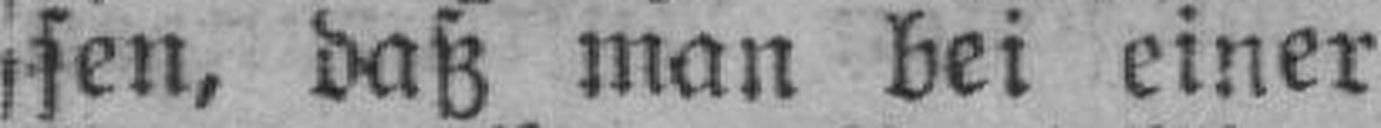
sen, daß man bei einer